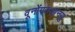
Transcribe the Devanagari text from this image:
वूनोंगरुआनयु